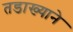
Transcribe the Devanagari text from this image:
तडाख्याने